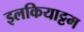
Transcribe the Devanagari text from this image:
इलकियाट्टम